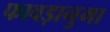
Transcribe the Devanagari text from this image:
फावड़ानुमा